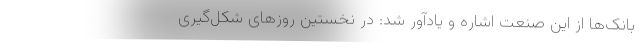
بانک‌ها از این صنعت اشاره و یادآور شد: در نخستین روزهای شکل‌گیری